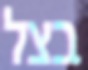
בצל